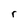
Character: r